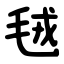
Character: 毧